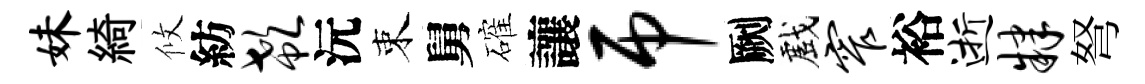
妹綺攸紡欷沅束舅確讓吊劂戲窄裕逝肄弩